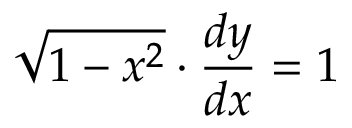
{ \sqrt { 1 - x ^ { 2 } } } \cdot { \frac { d y } { d x } } = 1